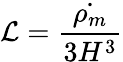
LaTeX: \mathcal{L}=\frac{\dot{\rho_{m}}}{3H^{3}}